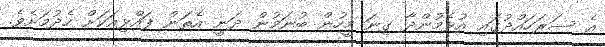
އެ ސަރަހައްދުގައި އުޅެމުންދާ ގިނަ މީހުން ބުނަމުން ދަނީ އެތަން ފައްޅިއަކަށް ހެދުމަށެވެ.